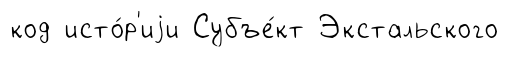
код исто́р'иjи Субъе́кт Экстальского